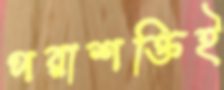
পরাশক্তিই